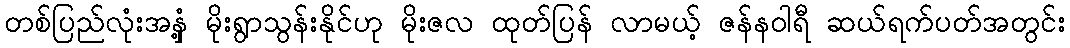
တစ်ပြည်လုံးအနှံ့ မိုးရွာသွန်းနိုင်ဟု မိုးဇလ ထုတ်ပြန် လာမယ့် ဇန်နဝါရီ ဆယ်ရက်ပတ်အတွင်း